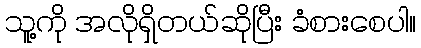
သူ့ကို အလိုရှိတယ်ဆိုပြီး ခံစားစေပါ။